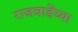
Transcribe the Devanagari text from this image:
राजवाडेंच्या